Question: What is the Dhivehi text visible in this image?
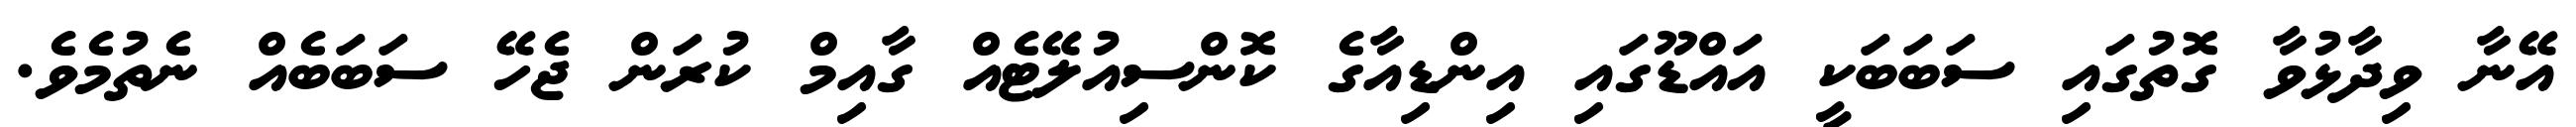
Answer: އޭނާ ވިދާޅުވާ ގޮތުގައި ސަބަބަކީ އައްޑޫގައި އިންޑިއާގެ ކޮންސިއުލޭޓެއް ގާއިމް ކުރަން ޖެހޭ ސަބަބެއް ނެތުމެވެ.